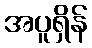
အပူရှိန်